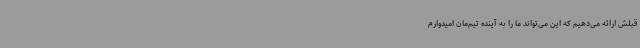
قبلش ارائه می‌دهیم که این می‌تواند ما را به آینده تیم‌مان امیدوارم